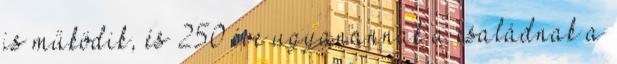
is működik, és 250 éve ugyanannak a családnak a